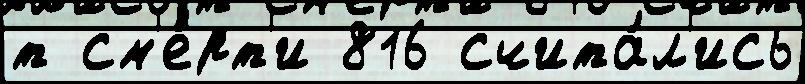
т см'е́рт'и 816 счита́л'ись